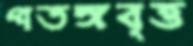
পতঙ্গবৃত্ত